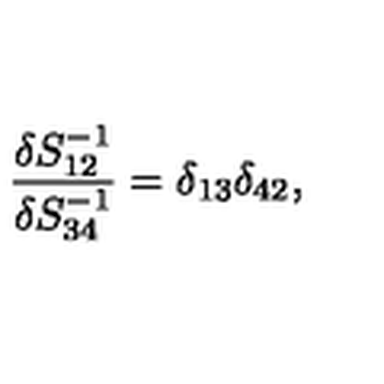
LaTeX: \frac { \delta S _ { 1 2 } ^ { - 1 } } { \delta S _ { 3 4 } ^ { - 1 } } = \delta _ { 1 3 } \delta _ { 4 2 } ,